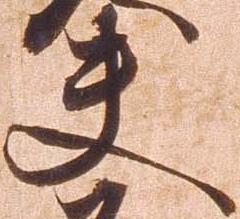
夫